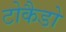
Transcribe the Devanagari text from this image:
टोकैडो